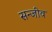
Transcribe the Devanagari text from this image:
सन्जीव